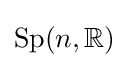
{\mathrm {Sp} }(n,{\mathbb {R} })